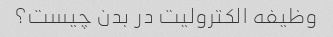
وظیفه الکترولیت در بدن چیست؟